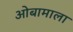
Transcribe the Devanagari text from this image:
ओबामाला